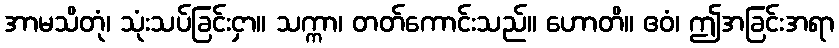
အာမသိတုံ၊ သုံးသပ်ခြင်းငှာ။ သက္ကာ၊ တတ်ကောင်းသည်။ ဟောတိ။ ဧဝံ၊ ဤအခြင်းအရာ